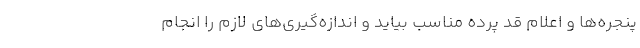
پنجره‌ها و اعلام قد پرده مناسب بیاید و اندازه‌گیری‌های لازم را انجام